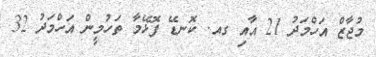
މުޖާޒް އަހްމަދު 21 އާއި ގއ. ކޮނޑޭ ފޮޅޭމާ ތަހުމީން އަހްމަދު 32